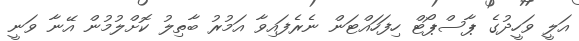
އަލީ ވަހީދުގެ ޕާސްޕޯޓް ހިފަހައްޓަން ނެރެފައިވާ އަމުރު ބާތިލު ކޮށްލުމުން އޭނާ ވަނީ